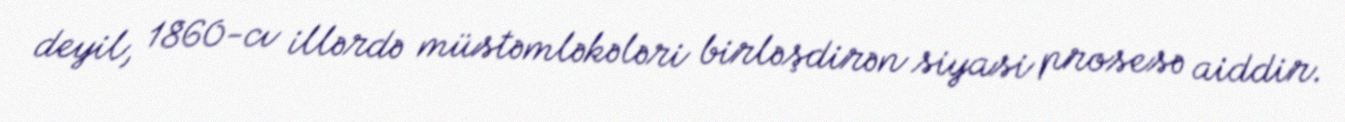
deyil, 1860-cı illərdə müstəmləkələri birləşdirən siyasi prosesə aiddir.